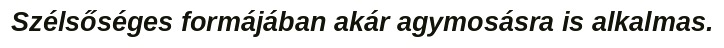
Szélsőséges formájában akár agymosásra is alkalmas.